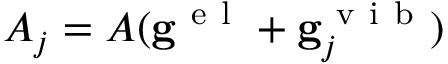
A _ { j } = A ( \mathbf { g } ^ { \mathrm { ~ e ~ l ~ } } + \mathbf { g } _ { j } ^ { \mathrm { ~ v ~ i ~ b ~ } } )